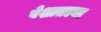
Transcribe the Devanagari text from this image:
पेशातल्या